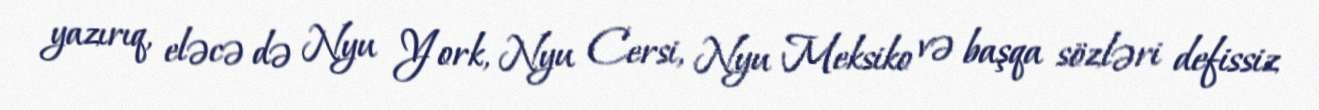
yazırıq, eləcə də Nyu York, Nyu Cersi, Nyu Meksiko və başqa sözləri defissiz